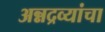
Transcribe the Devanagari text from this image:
अन्नद्रव्यांचा